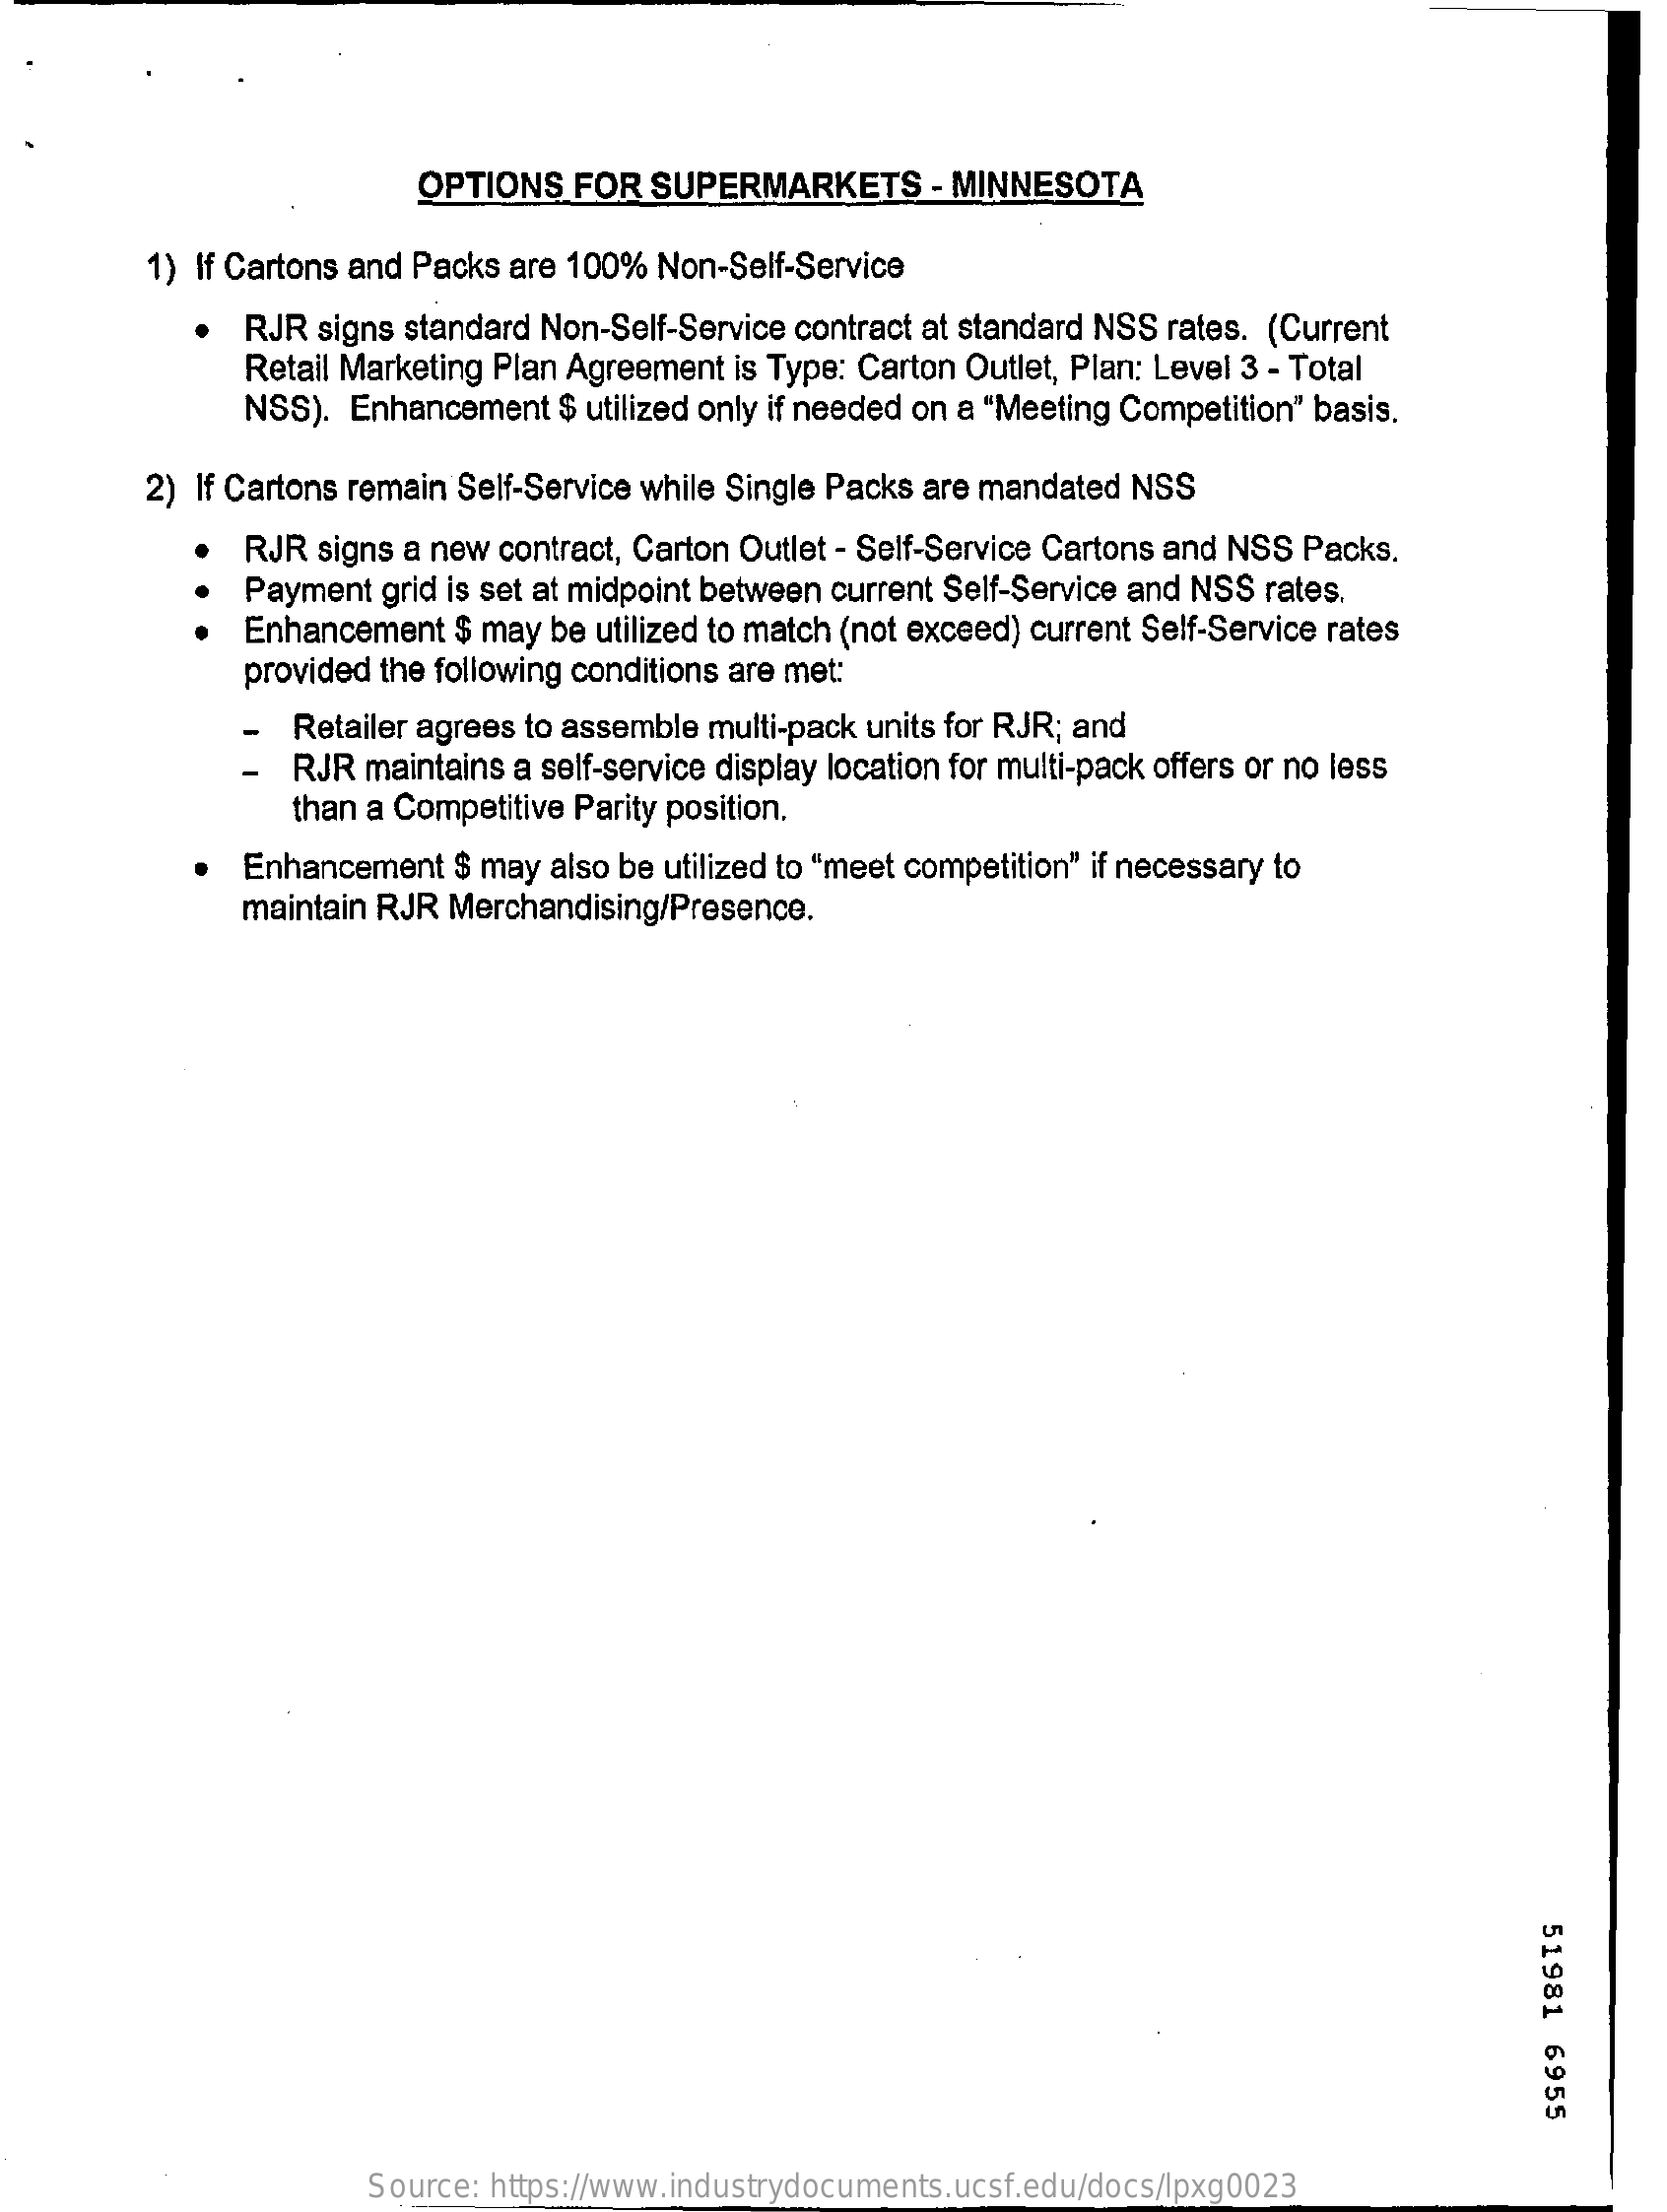
OPTIONS  FOR SUPERMARKETS    - MINNESOTA
     1) If Cartons and Packs are 100% Non-Self-Service
     RJR signs standard Non-Self-Service contract at standard NSS rates. (Current
     Retail Marketing Plan Agreement is Type: Carton Outlet, Plan: Level 3 - Total
     NSS). Enhancement  $ utilized only if needed on a "Meeting Competition" basis.
     2) If Cartons remain Self-Service while Single Packs are mandated NSS
     RJR signs a new contract, Carton Outlet - Self-Service Cartons and NSS Packs.
     Payment grid is set at midpoint between current Self-Service and NSS rates.
     Enhancement  $ may be utilized to match (not exceed) current Self-Service rates
     provided the following conditions are met:
     Retailer agrees to assemble multi-pack units for RJR; and
     RJR maintains a self-service display location for multi-pack offers or no less
     than a Competitive Parity position.
     Enhancement $ may also be utilized to "meet competition" if necessary to
     maintain RJR Merchandising/Presence.
     51981
     6955
     Source: https://www.industrydocuments.ucsf.edu/docs/lpxg0023